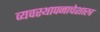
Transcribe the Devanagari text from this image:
व्यवस्थापनाचेशास्त्र